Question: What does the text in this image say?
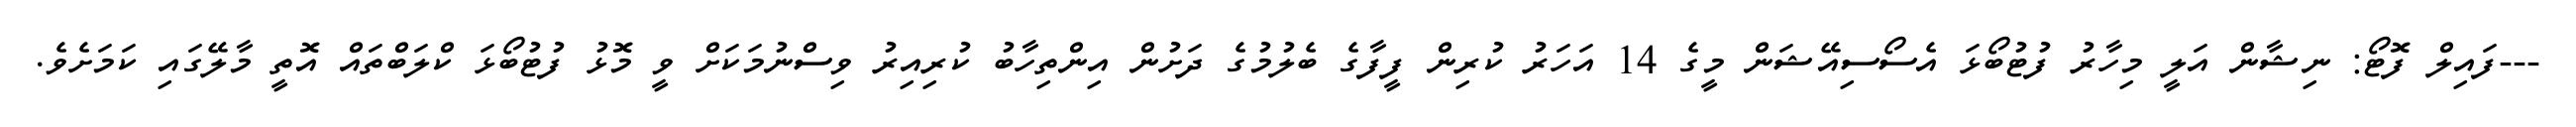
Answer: ---ފައިލް ފޮޓޯ: ނިޝާން އަލީ މިހާރު ފުޓުބޯޅަ އެސޯސިއޭޝަން މީގެ 14 އަހަރު ކުރިން ފީފާގެ ބެލުމުގެ ދަށުން އިންތިހާބު ކުރިއިރު ވިސްނުމަކަށް ވީ މޮޅު ފުޓުބޯޅަ ކްލަބްތައް އޮތީ މާލޭގައި ކަމަށެވެ.